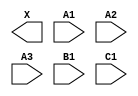
/**
 * Copyright 2020 The SkyWater PDK Authors
 *
 * Licensed under the Apache License, Version 2.0 (the "License");
 * you may not use this file except in compliance with the License.
 * You may obtain a copy of the License at
 *
 *     https://www.apache.org/licenses/LICENSE-2.0
 *
 * Unless required by applicable law or agreed to in writing, software
 * distributed under the License is distributed on an "AS IS" BASIS,
 * WITHOUT WARRANTIES OR CONDITIONS OF ANY KIND, either express or implied.
 * See the License for the specific language governing permissions and
 * limitations under the License.
 *
 * SPDX-License-Identifier: Apache-2.0
 */

`ifndef SKY130_FD_SC_LS__A311O_BLACKBOX_V
`define SKY130_FD_SC_LS__A311O_BLACKBOX_V

/**
 * a311o: 3-input AND into first input of 3-input OR.
 *
 *        X = ((A1 & A2 & A3) | B1 | C1)
 *
 * Verilog stub definition (black box without power pins).
 *
 * WARNING: This file is autogenerated, do not modify directly!
 */

`timescale 1ns / 1ps
`default_nettype none

(* blackbox *)
module sky130_fd_sc_ls__a311o (
    X ,
    A1,
    A2,
    A3,
    B1,
    C1
);

    output X ;
    input  A1;
    input  A2;
    input  A3;
    input  B1;
    input  C1;

    // Voltage supply signals
    supply1 VPWR;
    supply0 VGND;
    supply1 VPB ;
    supply0 VNB ;

endmodule

`default_nettype wire
`endif  // SKY130_FD_SC_LS__A311O_BLACKBOX_V